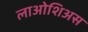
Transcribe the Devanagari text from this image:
लाओशिअस